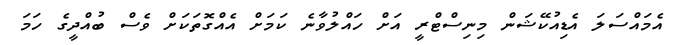
އެމައްސަަލަ އެޑިއުކޭޝަން މިނިސްޓްރީ އަށް ހައްލުވާނެ ކަމަށް އެއްގޮތަކަށް ވެސް ބުއްދީގެ ހަމަ